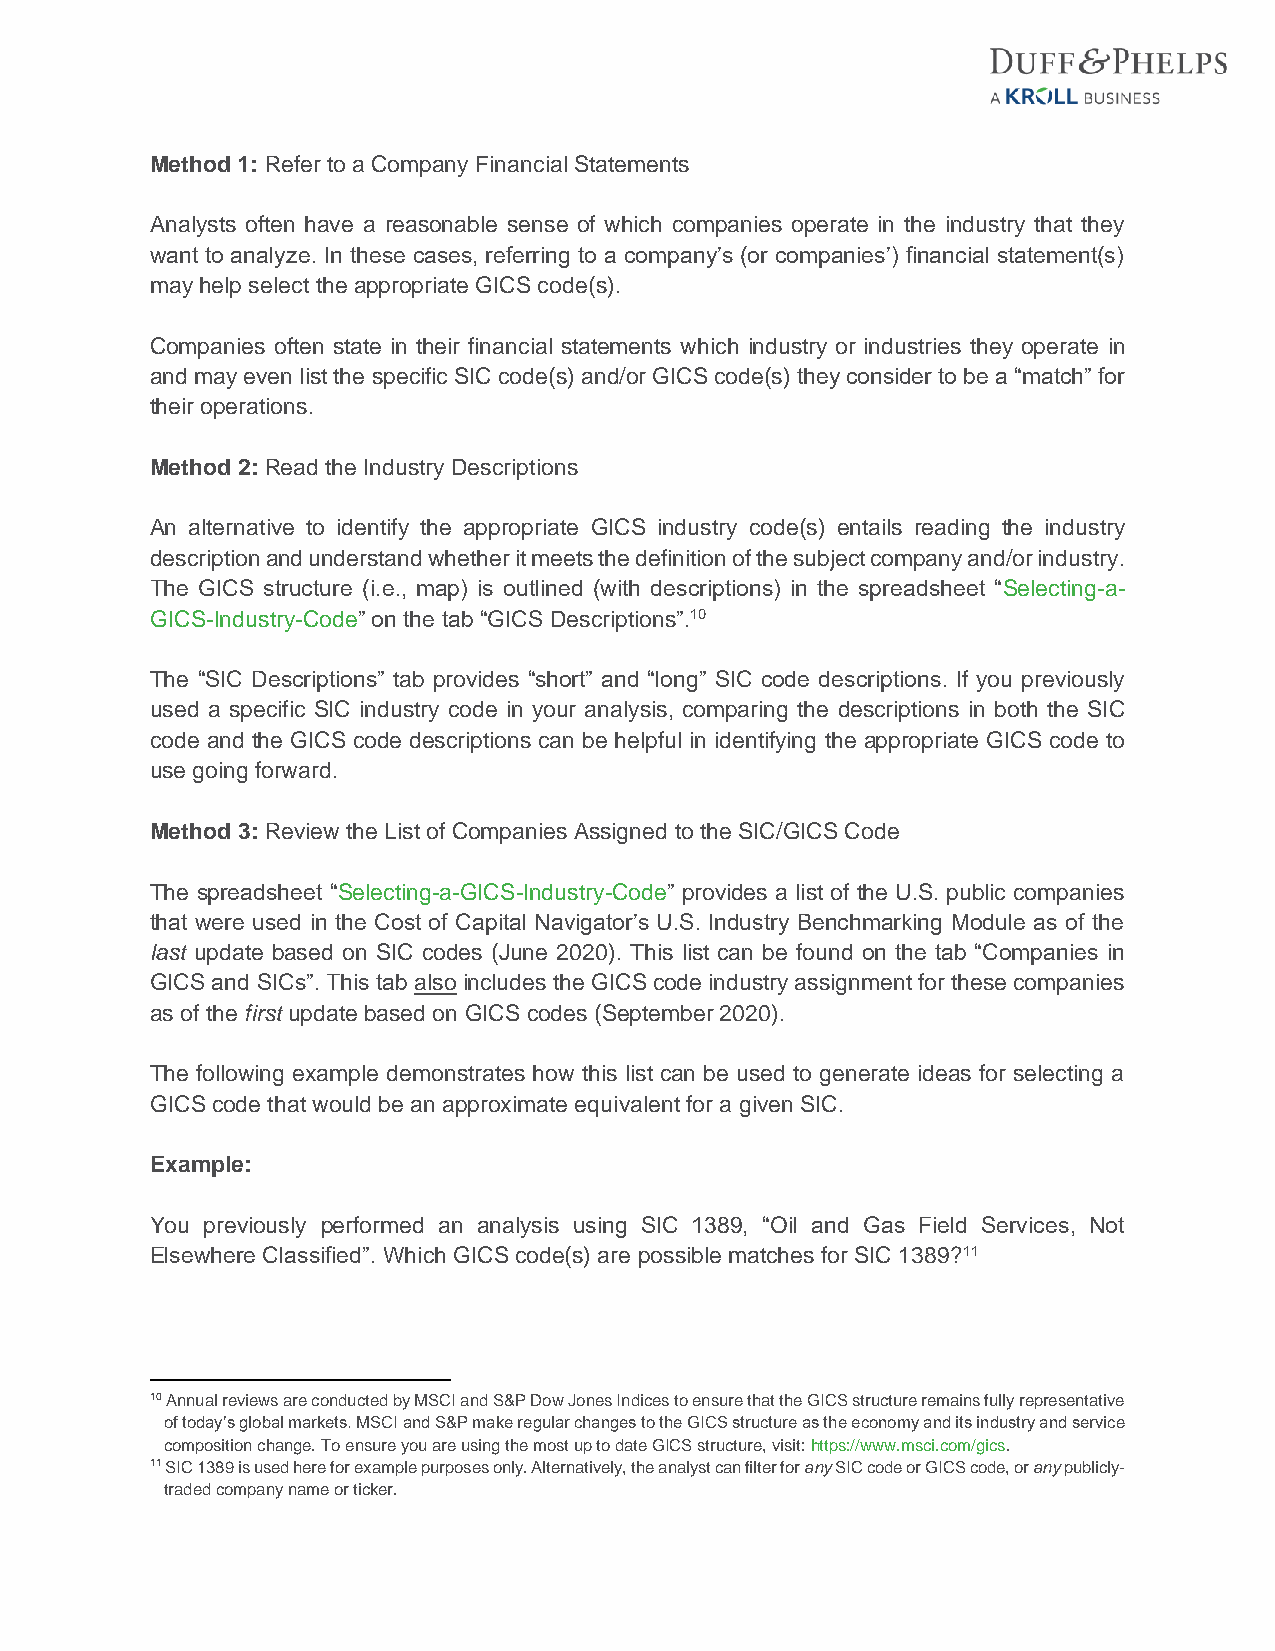
Method 1: Refer to a Company Financial Statements
 Analysts often have a reasonable sense of which companies operate in the industry that they
 want to analyze. In these cases, referring to a company’s (or companies’) financial statement(s)
 may help select the appropriate GICS code(s).
 Companies often state in their financial statements which industry or industries they operate in
 and may even list the specific SIC code(s) and/or GICS code(s) they consider to be a “match” for
 their operations.
 Method 2: Read the Industry Descriptions
 An alternative to identify the appropriate GICS industry code(s) entails reading the industry
 description and understand whether it meets the definition of the subject company and/or industry.
 The GICS structure (i.e., map) is outlined (with descriptions) in the spreadsheet “Selecting-a-
 GICS-Industry-Code” on the tab “GICS Descriptions”.10
 The “SIC Descriptions” tab provides “short” and “long” SIC code descriptions. If you previously
 used a specific SIC industry code in your analysis, comparing the descriptions in both the SIC
 code and the GICS code descriptions can be helpful in identifying the appropriate GICS code to
 use going forward.
 Method 3: Review the List of Companies Assigned to the SIC/GICS Code
 The spreadsheet “Selecting-a-GICS-Industry-Code” provides a list of the U.S. public companies
 that were used in the Cost of Capital Navigator’s U.S. Industry Benchmarking Module as of the
 last update based on SIC codes (June 2020). This list can be found on the tab “Companies in
 GICS and SICs”. This tab also includes the GICS code industry assignment for these companies
 as of the first update based on GICS codes (September 2020).
 The following example demonstrates how this list can be used to generate ideas for selecting a
 GICS code that would be an approximate equivalent for a given SIC.
 Example:
 You previously performed an analysis using SIC 1389, “Oil and Gas Field Services, Not
 Elsewhere Classified”. Which GICS code(s) are possible matches for SIC 1389?11
 10 Annual reviews are conducted by MSCI and S&P Dow Jones Indices to ensure that the GICS structure remains fully representative
 of today’s global markets. MSCI and S&P make regular changes to the GICS structure as the economy and its industry and service
 composition change. To ensure you are using the most up to date GICS structure, visit: https://www.msci.com/gics.
 11 SIC 1389 is used here for example purposes only. Alternatively, the analyst can filter for any SIC code or GICS code, or any publicly-
 traded company name or ticker.